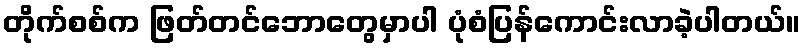
တိုက်စစ်က ဖြတ်တင်ဘောတွေမှာပါ ပုံစံပြန်ကောင်းလာခဲ့ပါတယ်။